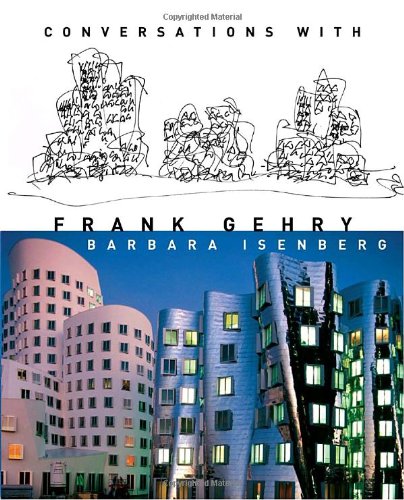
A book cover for Conversations with Frank Gehry; Barbara Isenberg; Arts & Photography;